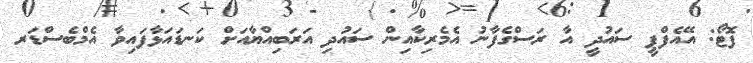
ފޮޓޯ: އޭއެފްޕީ ސައުދީ އާ ރަސްގެފާނު އެމެރިކާއިން ސައުދި އަރަބިއްޔާއަށް ކަނޑައަޅާފައިވާ އެމްބެސްޑަރ